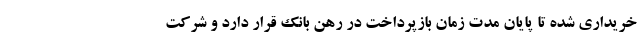
خریداری شده تا پایان مدت زمان بازپرداخت در رهن بانک قرار دارد و شرکت